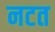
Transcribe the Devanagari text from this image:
नटत